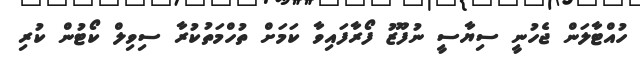
ހުއްޓާލަން ޖެހުނީ ސިޔާސީ ނުފޫޒު ފޯރާފައިވާ ކަމަށް ތުހްމަތުކުރާ ސިވިލް ކޯޓުން ކުރި